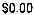
$0.00